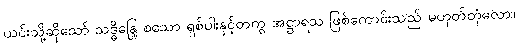
ယင်းသို့ဆိုသော် သဒ္ဓိန္ဒြေ စသော ရှစ်ပါးနှင့်တကွ အဋ္ဌာရသ ဖြစ်ကောင်းသည် မဟုတ်တုံလော။